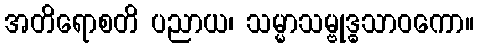
အတိရောစတိ ပညာယ၊ သမ္မာသမ္ဗုဒ္ဓသာဝကော။